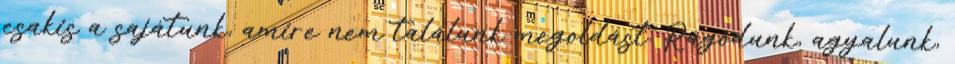
csakis a sajátunk, amire nem találunk megoldást. Rágódunk, agyalunk,